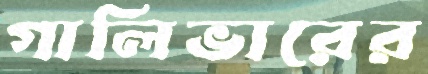
গালিভারের